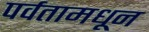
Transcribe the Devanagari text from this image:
पर्वतामधून